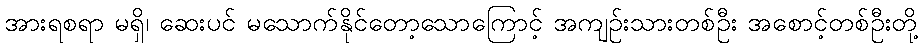
အားရစရာ မရှိ၊ ဆေးပင် မသောက်နိုင်တော့သောကြောင့် အကျဉ်းသားတစ်ဦး အစောင့်တစ်ဦးတို့